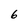
Character: 6